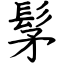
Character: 髳